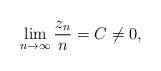
LaTeX: \begin{align*}\lim_{n\rightarrow \infty}\frac{z_n}{n}=C\not=0,\end{align*}